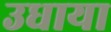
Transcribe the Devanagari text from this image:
उधाया